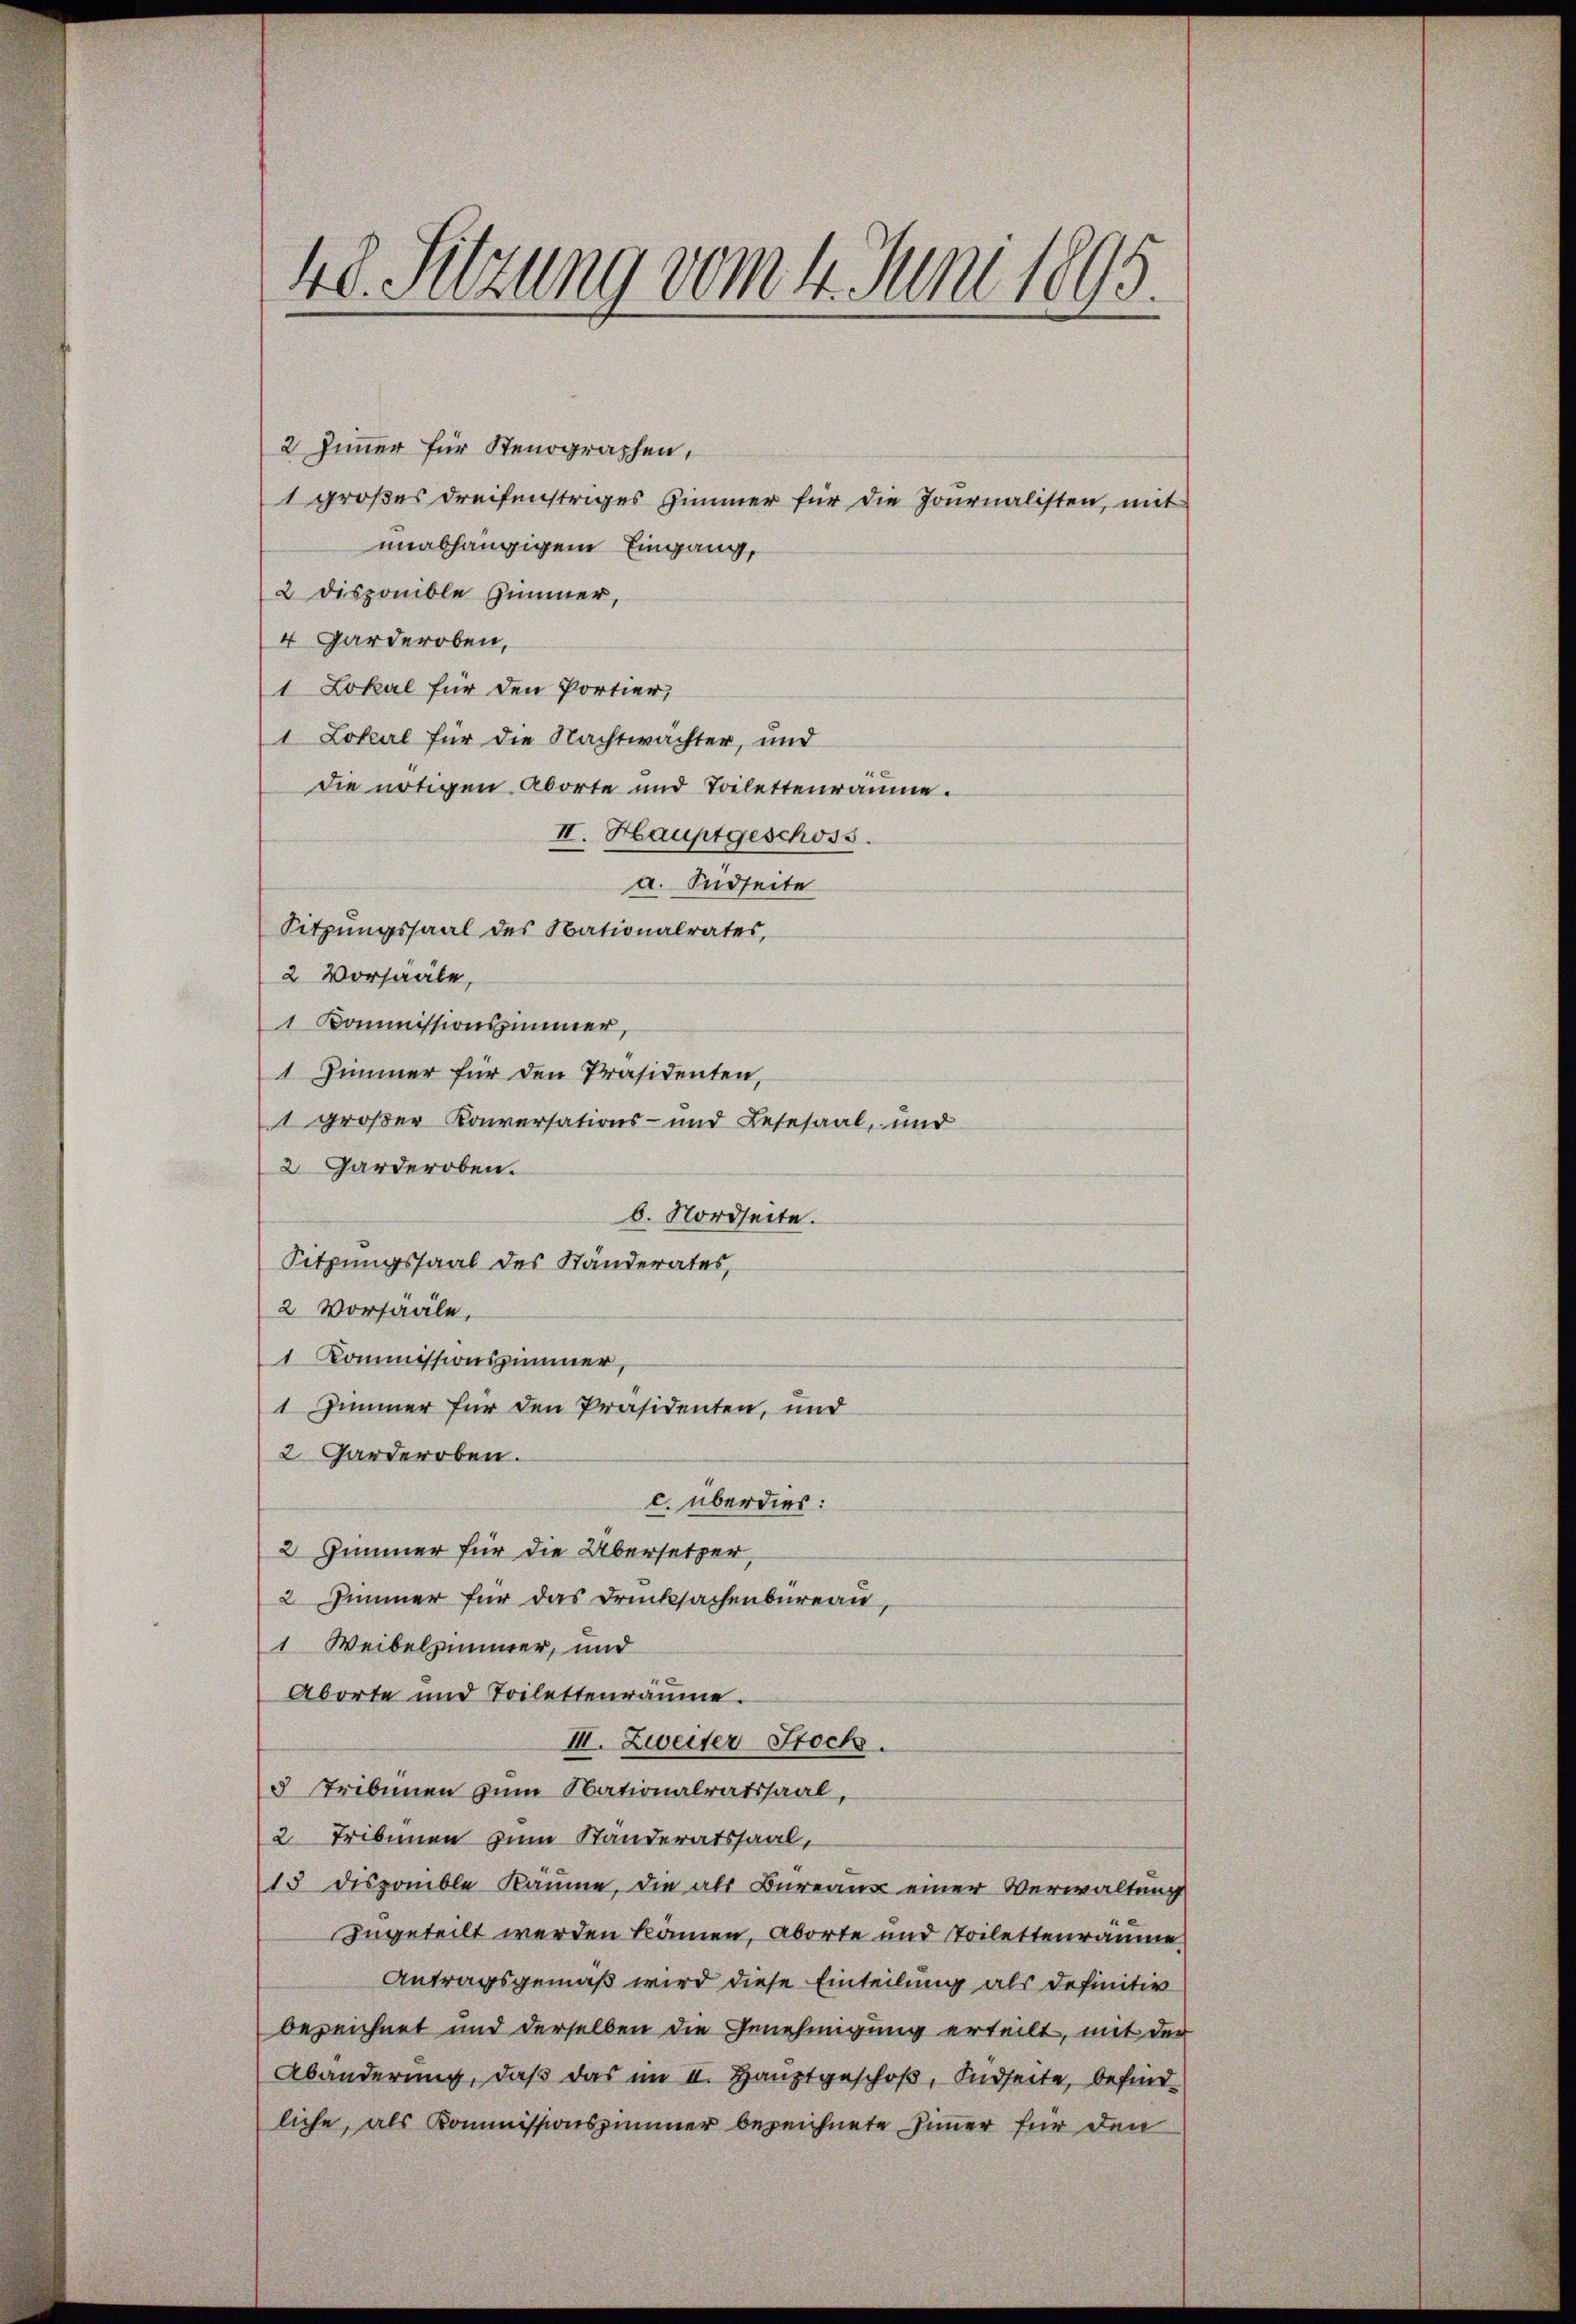
5
48. Sitzung vom 4. Juni 1890.

2 Zimmer für Stenographen,
1 großes dreifenstriges Zimmer für die Journalisten, mit
unabhängigem Eingang,
2 Disponible Zimmer,
4 Garderoben,
1 Lokal für den Portier,
1 Lokal für die Nachtwächter, und
die nötigen Aborte und Toilettenräume.
II. Hauptgeschoss
a. Südseite
Sitzungssaal des Nationalrates,
2 Vorsääle,
1 Kommissionszimmer,
1 Zimmer für den Präsidenten,
1 großer Konversations- und Resesaal, und
2 Garderoben.
b. Nordseite.
Sitzungssaal des Ständerates,
2 Vorsääle,
1 Kommissionszimmer,
1 Zimmer für den Präsidenten, und
2 Garderoben.
c. überdies:
2 Zimmer für die Übersetzer,
2 Zimmer für das Drucksachenbüreau,
1 Weibelsummer, und
Aborte und Toilettenräume.
III. Zweiter Stock.
3 Tribunen zum Nationalratssaal,
2 Tribünen zum Ständeratssaal,
15 disponible Räume, die als Bureaus einer Verwaltung
angeteilt werden kamen, aborte und Toilettenräume
Antragsgemäß wird diese Einteilung als Definitiv
bezeichnet und derselben die Genehmigung erteilt, mit der
Abänderung, daß das im II. Hauptgeschoß, Südseite, befindliche, als Kommissionszimmer bezeichnete Zimmer für den